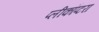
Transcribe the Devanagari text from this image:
प्लीकॉप्टरा